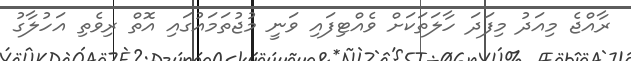
ރާއްޖެ މިއަދު މިފަދަ ހާލަތަކަށް ވެއްޓިފައި ވަނީ މުޖުތަމައުގައި އޮތް ރިވެތި އަހުލާގު